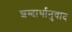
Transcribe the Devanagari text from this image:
शब्दार्थानुवाद